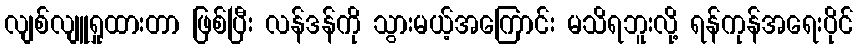
လျစ်လျူရှုထားတာ ဖြစ်ပြီး လန်ဒန်ကို သွားမယ့်အကြောင်း မသိရဘူးလို့ ရန်ကုန်အရေးပိုင်